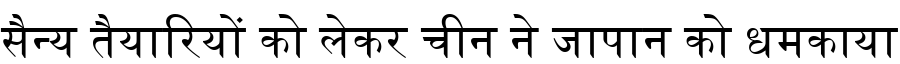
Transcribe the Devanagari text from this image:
सैन्य तैयारियों को लेकर चीन ने जापान को धमकाया